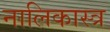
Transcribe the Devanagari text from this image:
नालिकास्‍त्र